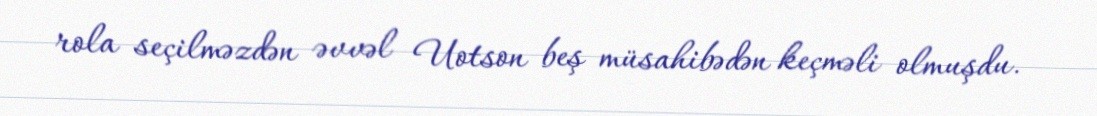
rola seçilməzdən əvvəl Uotson beş müsahibədən keçməli olmuşdu.